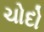
ચોદો